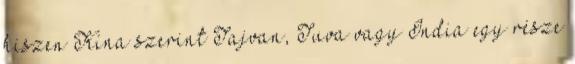
hiszen Kína szerint Tajvan, Tuva vagy India egy része